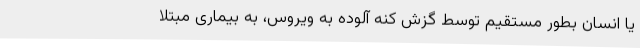
یا انسان بطور مستقیم توسط گزش کنه آلوده به ویروس، به بیماری مبتلا